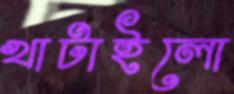
খাটাইলো